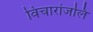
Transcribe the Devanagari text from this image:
विचारांजलि